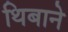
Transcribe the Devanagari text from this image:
थिबाने